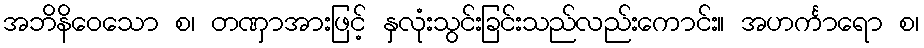
အဘိနိဝေသော စ၊ တဏှာအားဖြင့် နှလုံးသွင်းခြင်းသည်လည်းကောင်း။ အဟင်္ကာရော စ၊